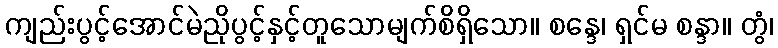
ကျည်းပွင့်အောင်မဲညိုပွင့်နှင့်တူသောမျက်စိရှိသော။ စန္ဒေ၊ ရှင်မ စန္ဒာ။ တွံ၊